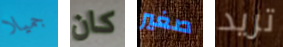
جميلا كان صغير تريد